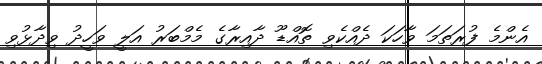
އެންމެ ފުރަތަމަ ވާހަކަ ދެއްކެވި ތޮއްޑޫ ދާއިރާގެ މެމްބަރު އަލީ ވަހީދު ވިދާޅުވި